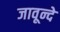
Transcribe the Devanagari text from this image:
जावून्दे